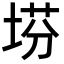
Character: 𡍆